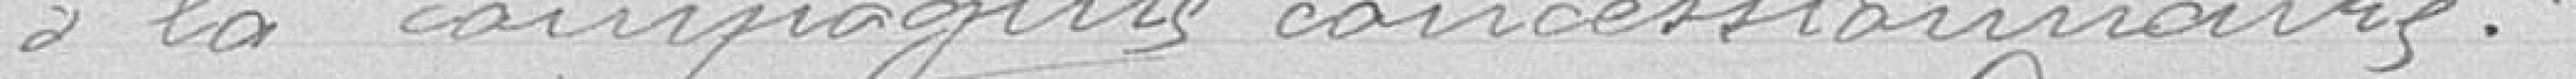
à la compagnie concessionnaire.